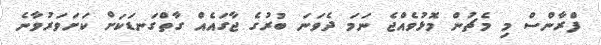
ފްރާންސް މި މެޗުން މޮޅުވެއްޖެ ނަމަ ދެވަނަ ބުރުގެ ޖާގައެއް ގާތްގަނޑަކަށް ކަށަވަރުވާނެ